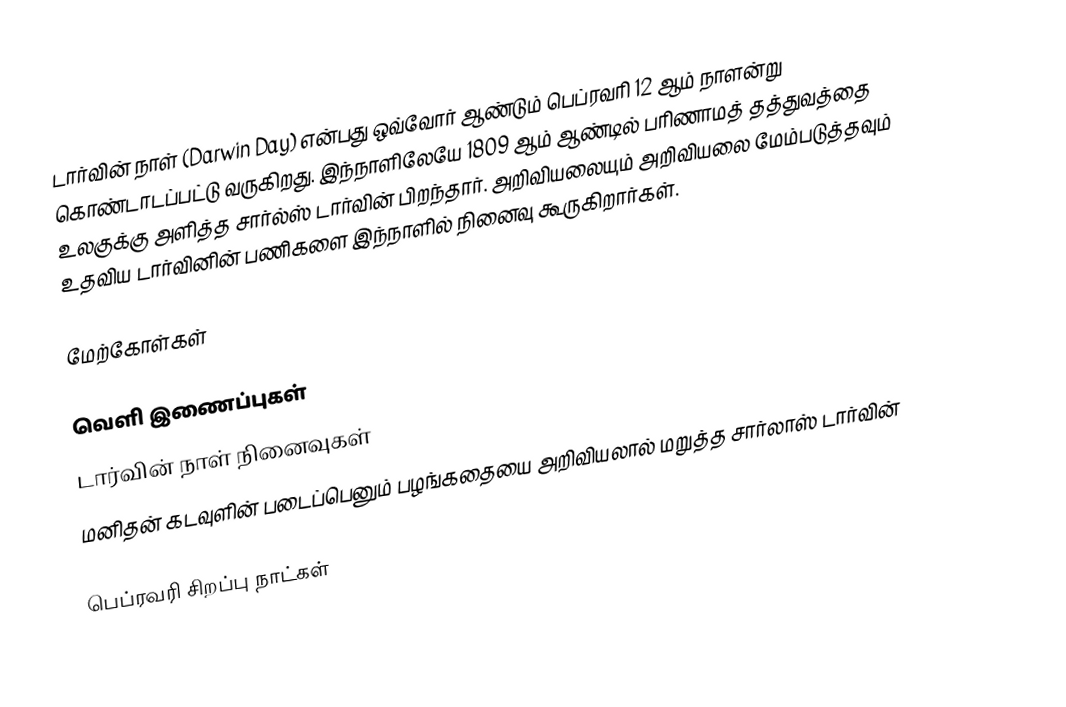
டார்வின் நாள் (Darwin Day) என்பது ஒவ்வோர் ஆண்டும் பெப்ரவரி 12 ஆம் நாளன்று கொண்டாடப்பட்டு வருகிறது. இந்நாளிலேயே 1809 ஆம் ஆண்டில் பரிணாமத் தத்துவத்தை உலகுக்கு அளித்த சார்ல்ஸ் டார்வின் பிறந்தார். அறிவியலையும் அறிவியலை மேம்படுத்தவும் உதவிய டார்வினின் பணிகளை இந்நாளில் நினைவு கூருகிறார்கள்.

மேற்கோள்கள்

வெளி இணைப்புகள்
 டார்வின் நாள் நினைவுகள்
 மனிதன் கடவுளின் படைப்பெனும் பழங்கதையை அறிவியலால் மறுத்த சார்லாஸ் டார்வின்

பெப்ரவரி சிறப்பு நாட்கள்